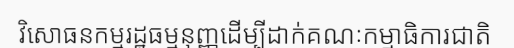
វិសោធនកម្មរដ្ឋធម្មនុញ្ញដើម្បីដាក់គណៈកម្មាធិការជាតិ